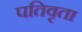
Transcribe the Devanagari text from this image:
पतिवृता